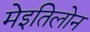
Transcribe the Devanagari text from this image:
मेइतिलोन